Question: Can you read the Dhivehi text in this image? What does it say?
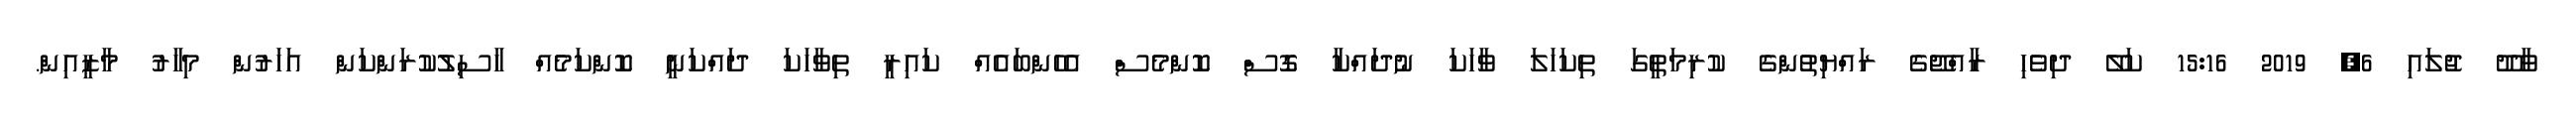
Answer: ވާދޫ ޖުލައި 6, 2019 15:16 ކަލޭ ދިވެހި ރާއްޖޭގެ ރައްޔިތުންގެ ކުރިމަތީގަ ތިކަހަލަ ވާހަކަ ނުދައްކާ ގޮސް ކޮންމެސް އެހެންބައެއް ކައިރީ ތިވާހަކަ ދައްކަނީ ކޮންކަމެއް ހާސިލުކުރަންކަން އަހަރުން މިހާރު މާޒީއިން.